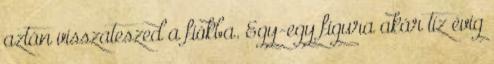
aztán visszateszed a fiókba. Egy-egy figura akár tíz évig